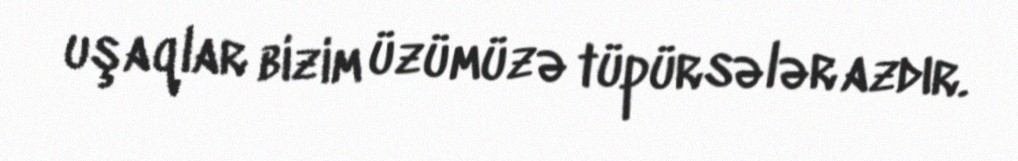
uşaqlar bizim üzümüzə tüpürsələr azdır.